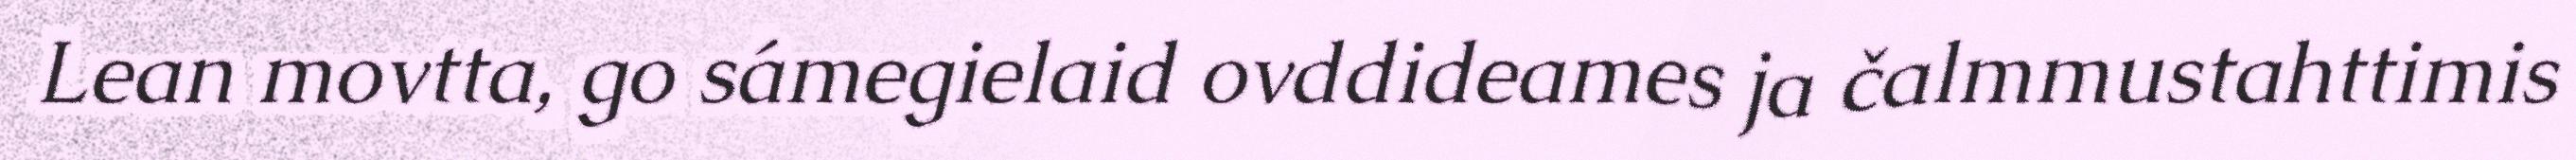
Lean movtta, go sámegielaid ovddideames ja čalmmustahttimis